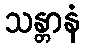
သန္တာနံ